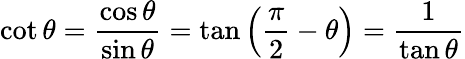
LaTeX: \cot\theta={\frac{\cos\theta}{\sin\theta}}=\tan\left({\frac{\pi}{2}}-\theta\right)={\frac{1}{\tan\theta}}